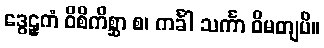
ဒွေဠှကံ ဝိစိကိစ္ဆာ စ၊ ကင်္ခါ သင်္ကာ ဝိမတျပိ။